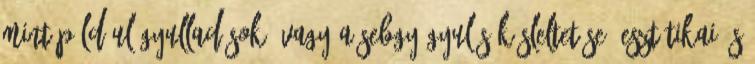
mint például gyulladások, vagy a sebgyógyulás késleltetése, esztétikai és